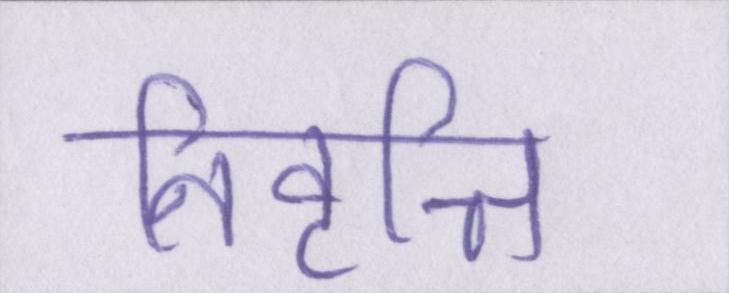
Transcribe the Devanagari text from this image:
निवृत्ति